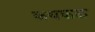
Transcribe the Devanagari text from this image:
कथकळ